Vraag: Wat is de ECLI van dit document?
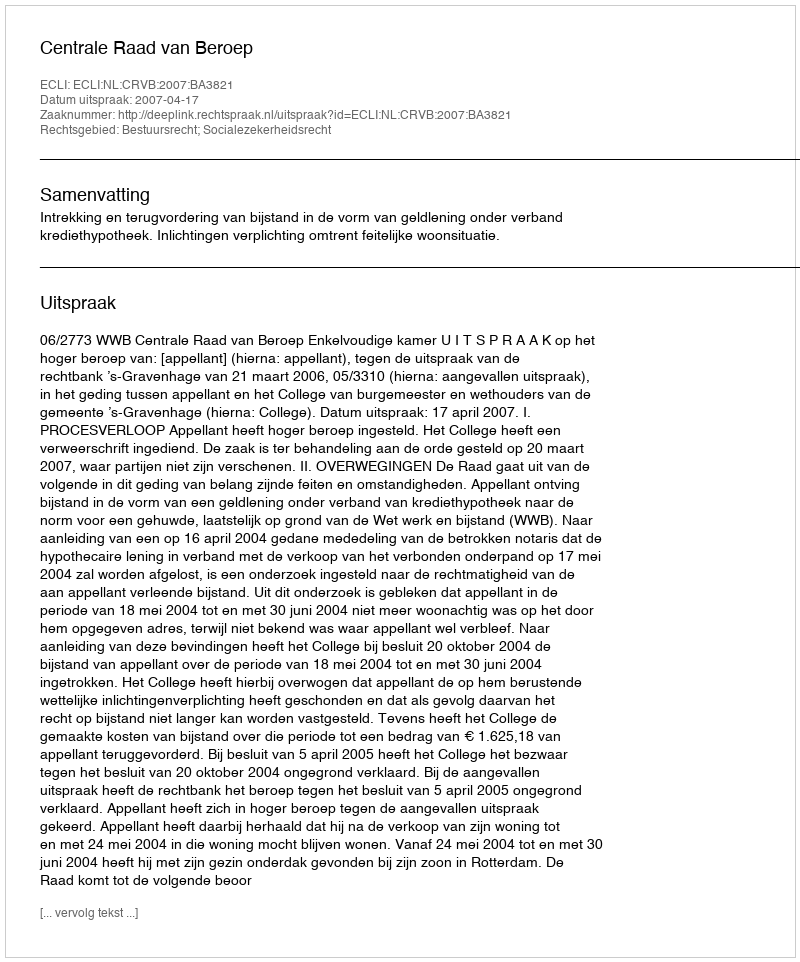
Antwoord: ECLI:NL:CRVB:2007:BA3821